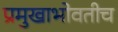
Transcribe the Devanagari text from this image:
प्रमुखाभोवतीच